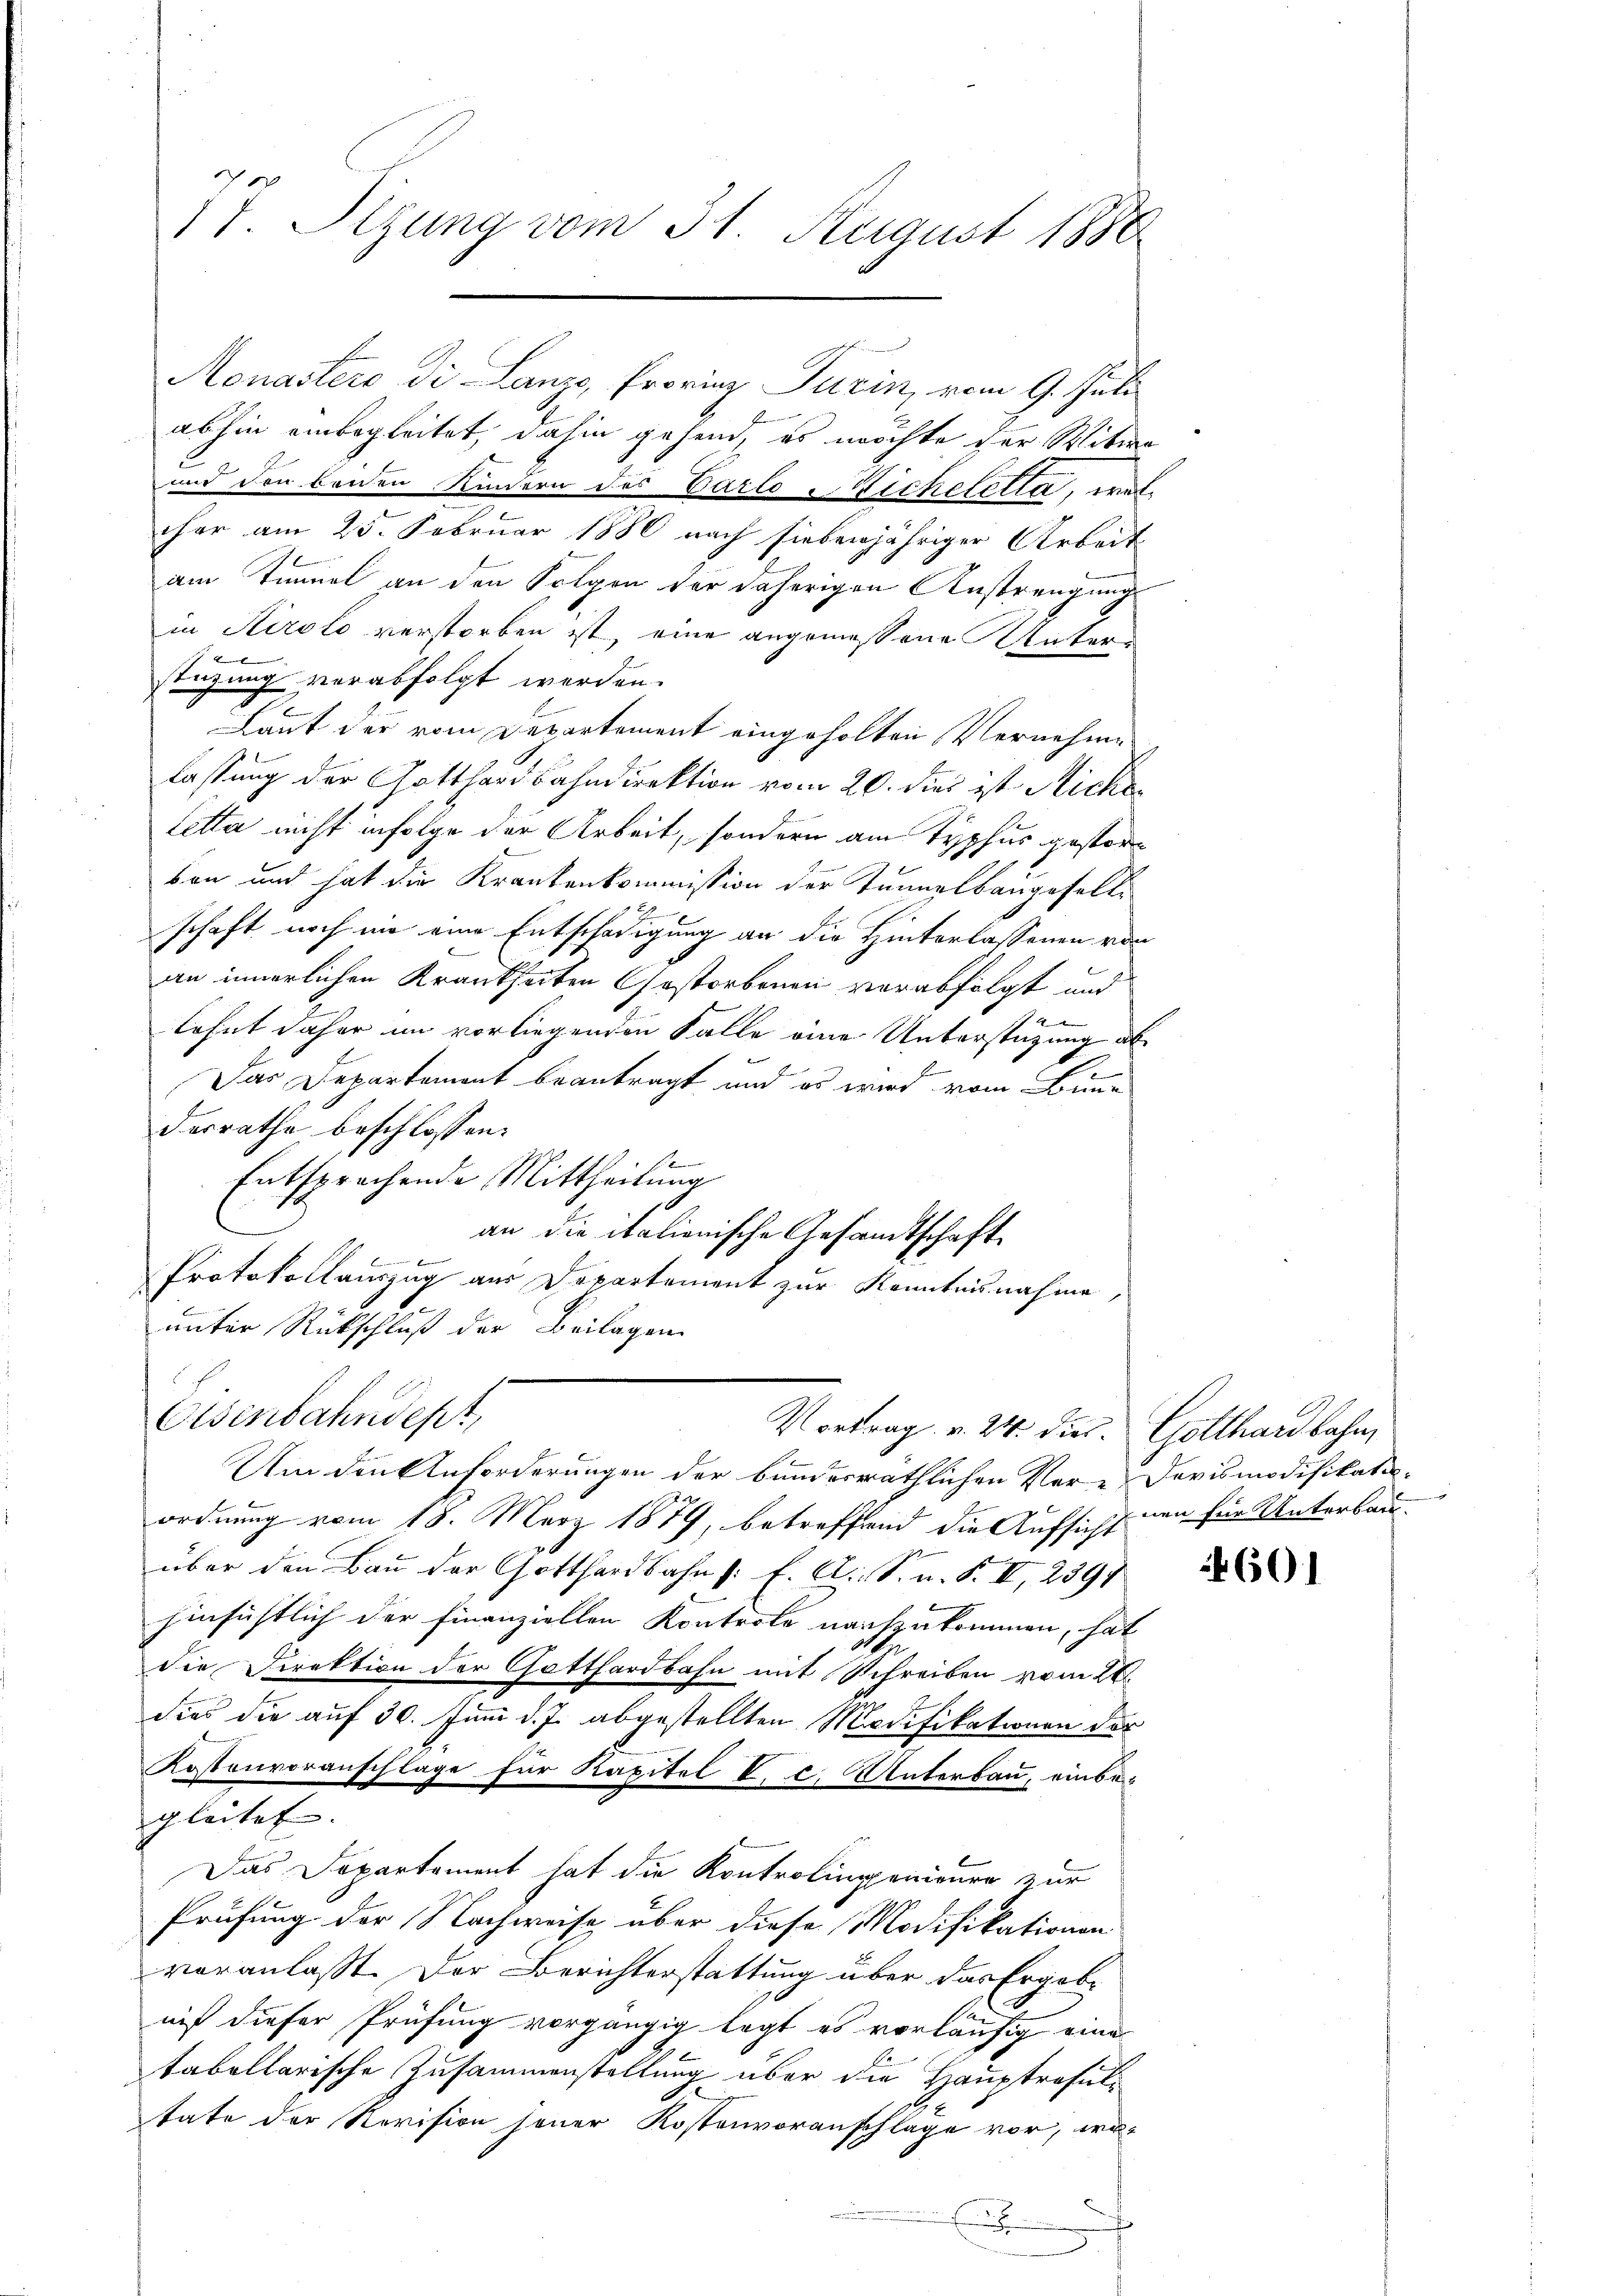
1t. Sitzung vom 31. August 1888

Monastero di Lanze, Provinz Turin, vom 9. Juli
abhin einbegleitet, dahin gehend, es möchte der Witwe
und den beiden Kindern des Carto Wickeletia, wele
cher am 25. Februar 1880 nach siebenjähriger Arbeit
am Tunnel an den Folgen der daherigen Anstrengung
in Airolo verstorben ist, eine angemessene Unterstützung verabfolgt werden.
Laut der vom Departement eingeholten Vernehme
.
lassung der Gotthardbahndirektion vom 20. dies ist Siche
letta nicht infolge der Arbeit, sondern am Typhus gestorben und hat die Krankenkommission der Tunnelbaugesells
schaft noch in eine Entschädigung an die Hinterlassenen von
an innerlichen Krankheiten Gestorbenen verabfolgt und
4
lehnt daher im vorliegenden Falle eine Unterstützung ab
Das Departement beantragt und es wird vom Bundesrathe beschlossen:
f
Entsprechende Mittheilung
an die italienische Gesandtschaft
Ein
Protokollauszug aus Departement zur Kenntnisnahme,
unter Rückschluß der Beilagen
Osenbahndept,
Vortrag v. 24. dies. Gotthardbahn,
Um den Anforderungen der bunderräthlichen Vor-Dovismodifikats-
ordnung vom 18. März 1879, betreffend die Aufsicht nun für Unterbau-
über den Bau der Gotthardbahn /: E. A. S. n. F. II, 2391
hinsichtlich der Finanziellen Kontrole nachzukommen, hat
die Direktion der Gotthardbahn mit Schreiben vom 21.
dies die auf 30. Juni d. J. abgestellten Modifikationen der
Kostenvoranschlage für Kapitel V. c. Unterbau, einbegleitet. |
Das Departement hat die Kontrolingenieure zur
Prüfung der Nachweise über diese Modifikationen
veranlasst. Der Berichterstattung über das Ergebe
niß dieser Prüfung vorgängig legt es vorläufig eine
tabellarische Zusammenstellung über die Hauptresultate der Revision jener Kostenvoranschläge vor, wo-
E

601